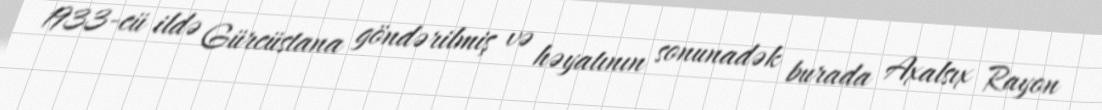
1933-cü ildə Gürcüstana göndərilmiş və həyatının sonunadək burada Axalsıx Rayon